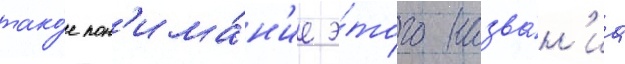
тако́е пон'има́н'ие э́того назва́н'иа